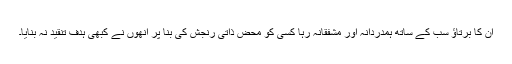
ان کا برتاؤ سب کے ساتھ ہمدردانہ اور مشفقانہ رہا کسی کو محض ذاتی رنجش کی بنا پر انھوں نے کبھی ہدف تنقید نہ بنایا۔